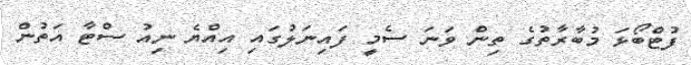
ފުޓްބޯޅަ މުބާރާތުގެ ތިން ވަނަ ސެމީ ފައިނަލުގައި އިއްޔެ ނިއު ސްޓާ އަތުން